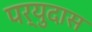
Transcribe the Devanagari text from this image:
पर्युदास